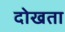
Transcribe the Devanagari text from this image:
दोखता